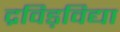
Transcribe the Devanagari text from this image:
द्रविड़विद्या